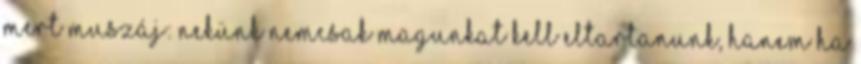
mert muszáj: nekünk nemcsak magunkat kell eltartanunk, hanem Ha